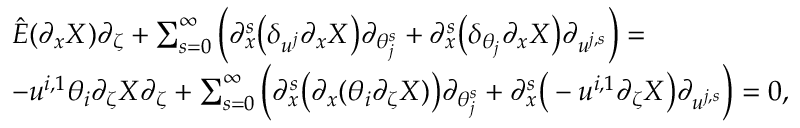
\begin{array} { r l } & { \hat { E } ( { \partial } _ { x } X ) { \partial } _ { \zeta } + \sum _ { s = 0 } ^ { \infty } \Big ( { \partial } _ { x } ^ { s } \big ( \delta _ { u ^ { j } } { \partial } _ { x } X \big ) { \partial } _ { \theta _ { j } ^ { s } } + { \partial } _ { x } ^ { s } \big ( \delta _ { \theta _ { j } } { \partial } _ { x } X \big ) { \partial } _ { u ^ { j , s } } \Big ) = } \\ & { - u ^ { i , 1 } \theta _ { i } { \partial } _ { \zeta } X { \partial } _ { \zeta } + \sum _ { s = 0 } ^ { \infty } \Big ( { \partial } _ { x } ^ { s } \big ( { \partial } _ { x } ( \theta _ { i } { \partial } _ { \zeta } X ) \big ) { \partial } _ { \theta _ { j } ^ { s } } + { \partial } _ { x } ^ { s } \big ( - u ^ { i , 1 } { \partial } _ { \zeta } X \big ) { \partial } _ { u ^ { j , s } } \Big ) = 0 , } \end{array}